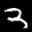
Label: 3